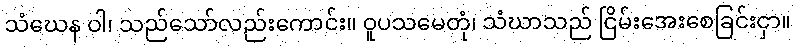
သံဃေန ဝါ၊ သည်သော်လည်းကောင်း။ ဝူပသမေတုံ၊ သံဃာသည် ငြိမ်းအေးစေခြင်းငှာ။